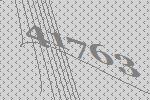
41763